Vaccination in Bombay 1924-1928 - 1924-1928
Year: 1924
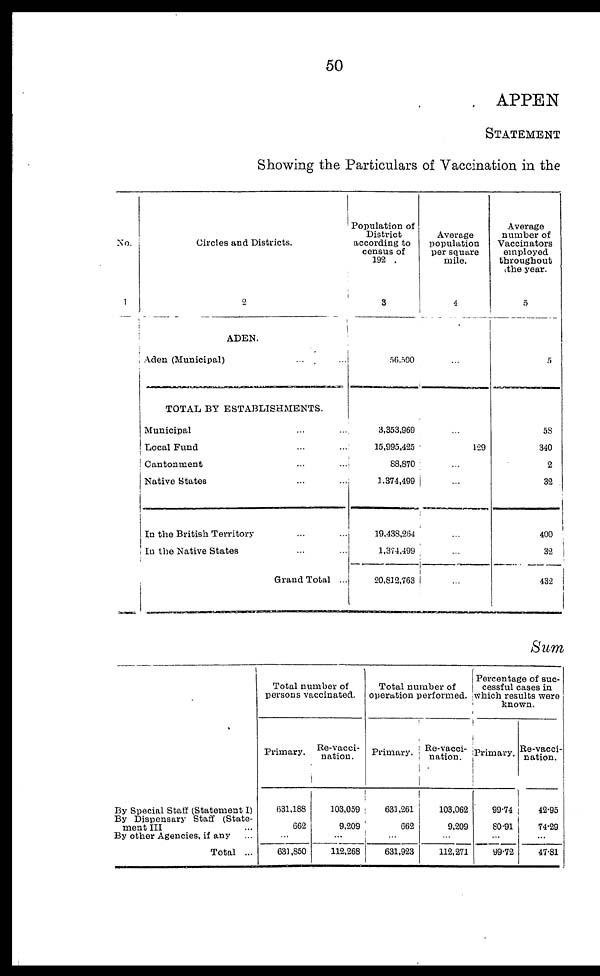
50
APPEN
STATEMENT
Showing the Particulars of Vaccination in the
No.
1
Circles and Districts.
2
ADEN.
Aden (Municipal) ...
TOTAL BY ESTABLISHMENTS.
Municipal ...
Local Fund ...
Cantonment ...
Native States ... ...
In the British Territory ... ...
In the Native States ... ...
Grand Total ...
Population of
District
according to
census of
192
3
56,500
3,353,969
15,995,425
88,870
1,374,499
19,438,264
1,374,499
20,812,763
Average
population
per square
mile.
4
...
...
129
...
...
...
...
...
Average
number of
Vaccinators
employed
throughout
the year.
5
5
58
340
2
32
400
32
432
Sum
By Special Staff (Statement I)
By Dispensary Staff (State-
ment III ...
By other Agencies, if any ...
Total ...
Total number of
persons vaccinated.
Primary.
631,188
662
...
631,850
Re-vacci-
nation.
103,059
9,209
...
112,268
Total number of
operation performed.
Primary.
631,261
662
...
631,923
Re-vacci-
nation.
103,062
9,209
...
112,271
Percentage of suc-
cessful cases in
which results were
known.
Primary.
99.74
80.91
...
99.72
Re-vacci-
nation.
42.95
74.29
...
47.81